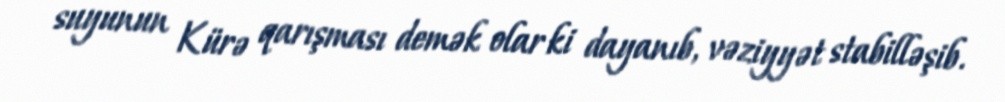
suyunun Kürə qarışması demək olar ki dayanıb, vəziyyət stabilləşib.